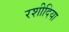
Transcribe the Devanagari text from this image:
रशीदिया